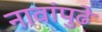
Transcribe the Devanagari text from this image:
नावांपुढे